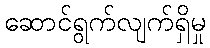
ဆောင်ရွက်လျက်ရှိမှု